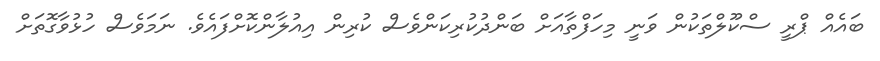
ބައެއް ޕްރީ ސްކޫލްތަކުން ވަނީ މިހަފްތާއަށް ބަންދުކުރިކަންވެސް ކުރިން އިއުލާންކޮށްފައެވެ. ނަމަވެސް ހުޅުވާގޮތަށް